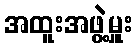
အထူးအဖွဲ့မှူး